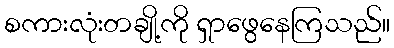
စကားလုံးတချို့ကို ရှာဖွေနေကြသည်။